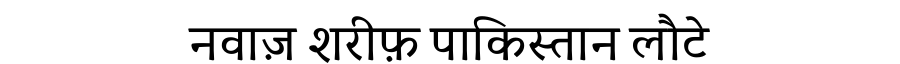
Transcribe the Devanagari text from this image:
नवाज़ शरीफ़ पाकिस्तान लौटे